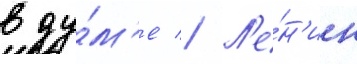
в ду́м'е // Л'е́н'ин